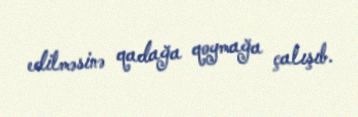
edilməsinə qadağa qoymağa çalışıb.